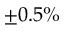
\pm 0 . 5 \%